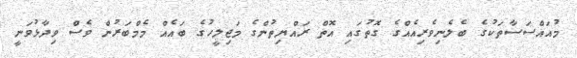
މުއައްސަސާތަކުގެ ބެލެނިވެރިއެއްގެ ގޮތުގައި އޮތް ރައްޔިތުންގެ މަޖިލީހުގެ ބައެއް މެމްބަރުން ވެސް ވިދާޅުވަނީ